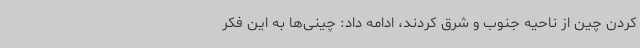
کردن چین از ناحیه جنوب و شرق کردند، ادامه داد: چینی‌ها به این فکر